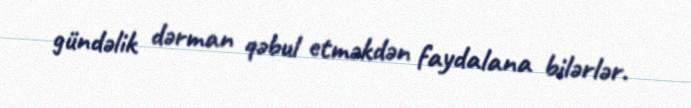
gündəlik dərman qəbul etməkdən faydalana bilərlər.